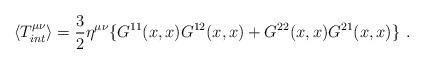
LaTeX: \begin{align*}\langle T_{int}^{\mu \nu} \rangle = \frac{3}{2} \eta^{\mu \nu}\{ G^{11}(x,x)G^{12}(x,x) + G^{22}(x,x)G^{21}(x,x) \} \ .\end{align*}